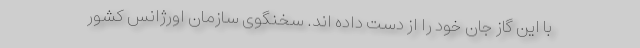
با این گاز جان خود را از دست داده اند. سخنگوی سازمان اورژانس کشور